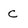
Character: c